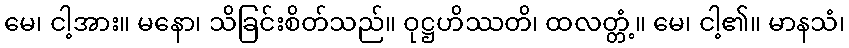
မေ၊ ငါ့အား။ မနော၊ သိခြင်းစိတ်သည်။ ဝုဋ္ဌဟိဿတိ၊ ထလတ္တံ့။ မေ၊ ငါ့၏။ မာနသံ၊